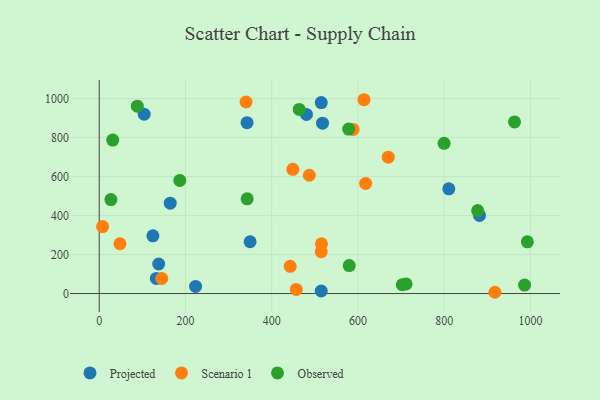
{"axis": {"x": "Experience", "y": "Fuel Efficiency"}, "legend": ["Observed", "Projected", "Scenario 1"], "data": [{"x": "810.7", "y": 537.4, "type": "Projected"}, {"x": "132.5", "y": 77.7, "type": "Projected"}, {"x": "514.9", "y": 979.6, "type": "Projected"}, {"x": "342.8", "y": 876.5, "type": "Projected"}, {"x": "124.5", "y": 295.9, "type": "Projected"}, {"x": "137.9", "y": 151.5, "type": "Projected"}, {"x": "349.9", "y": 265.8, "type": "Projected"}, {"x": "480.6", "y": 918.8, "type": "Projected"}, {"x": "164.7", "y": 463.4, "type": "Projected"}, {"x": "104.2", "y": 920.3, "type": "Projected"}, {"x": "514.8", "y": 13.1, "type": "Projected"}, {"x": "223.4", "y": 36.4, "type": "Projected"}, {"x": "881.8", "y": 400.8, "type": "Projected"}, {"x": "517.9", "y": 874.2, "type": "Projected"}, {"x": "588.8", "y": 842.2, "type": "Scenario 1"}, {"x": "487.2", "y": 606.9, "type": "Scenario 1"}, {"x": "48.1", "y": 255.5, "type": "Scenario 1"}, {"x": "617.8", "y": 564.8, "type": "Scenario 1"}, {"x": "457.0", "y": 21.0, "type": "Scenario 1"}, {"x": "614.0", "y": 994.4, "type": "Scenario 1"}, {"x": "515.4", "y": 255.1, "type": "Scenario 1"}, {"x": "917.7", "y": 6.5, "type": "Scenario 1"}, {"x": "145.1", "y": 77.2, "type": "Scenario 1"}, {"x": "449.1", "y": 637.5, "type": "Scenario 1"}, {"x": "514.8", "y": 214.7, "type": "Scenario 1"}, {"x": "670.3", "y": 699.8, "type": "Scenario 1"}, {"x": "340.5", "y": 982.7, "type": "Scenario 1"}, {"x": "442.9", "y": 139.7, "type": "Scenario 1"}, {"x": "7.9", "y": 343.4, "type": "Scenario 1"}, {"x": "986.4", "y": 43.3, "type": "Observed"}, {"x": "992.9", "y": 265.2, "type": "Observed"}, {"x": "711.6", "y": 49.5, "type": "Observed"}, {"x": "877.6", "y": 425.6, "type": "Observed"}, {"x": "702.8", "y": 45.0, "type": "Observed"}, {"x": "463.8", "y": 944.4, "type": "Observed"}, {"x": "963.1", "y": 880.5, "type": "Observed"}, {"x": "579.8", "y": 143.3, "type": "Observed"}, {"x": "27.1", "y": 482.3, "type": "Observed"}, {"x": "343.0", "y": 485.7, "type": "Observed"}, {"x": "88.3", "y": 961.4, "type": "Observed"}, {"x": "799.8", "y": 770.9, "type": "Observed"}, {"x": "186.9", "y": 580.6, "type": "Observed"}, {"x": "31.4", "y": 787.3, "type": "Observed"}, {"x": "578.5", "y": 843.7, "type": "Observed"}]}